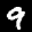
Label: 9